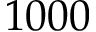
1 0 0 0